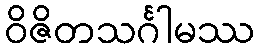
ဝိဇိတသင်္ဂါမဿ